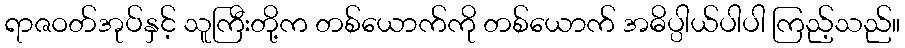
ရာဇဝတ်အုပ်နှင့် သူကြီးတို့က တစ်ယောက်ကို တစ်ယောက် အဓိပ္ပါယ်ပါပါ ကြည့်သည်။